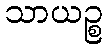
သာယဉ္စ